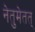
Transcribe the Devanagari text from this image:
नेतुमेतत्‌